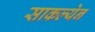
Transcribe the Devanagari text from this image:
साकल्येन